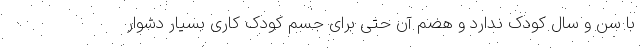
با سن و سال کودک ندارد و هضم آن حتی برای جسم کودک کاری بسیار دشوار